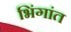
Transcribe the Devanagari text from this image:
भिंगांत